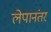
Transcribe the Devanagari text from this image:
लेपानंतर